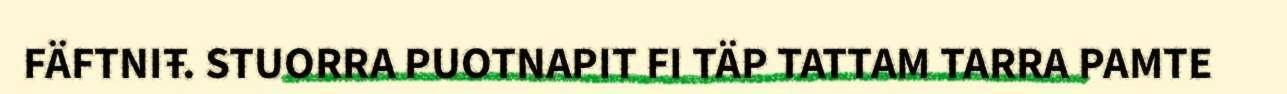
FÄFTNIŦ. STUORRA PUOTNAPIT FI TÄP TATTAM TARRA PAMTE